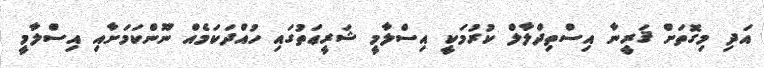
އަދި މިގޮތަށް ޤަރީނާ އިސްތިދްލާލް ކުރުމަކީ އިސްލާމީ ޝަރީޢަތުގައި ހުއްދަކަމެއް ނޫންކަމަށާއި އިސްލާމީ